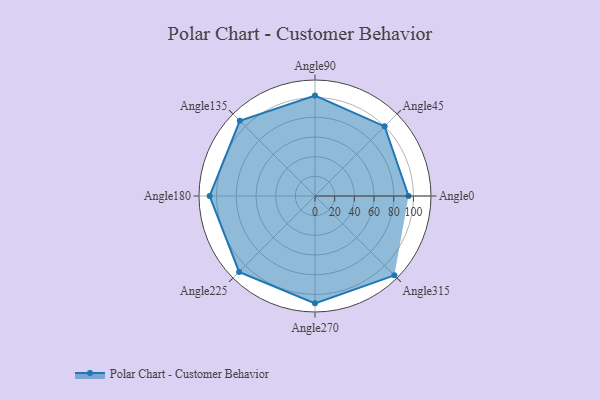
{"axis": {"x": "Angle", "y": "Radius"}, "legend": [""], "data": [{"x": "Angle0", "y": 95.0, "type": ""}, {"x": "Angle45", "y": 100.0, "type": ""}, {"x": "Angle90", "y": 102.0, "type": ""}, {"x": "Angle135", "y": 108.0, "type": ""}, {"x": "Angle180", "y": 107.0, "type": ""}, {"x": "Angle225", "y": 109.0, "type": ""}, {"x": "Angle270", "y": 109.0, "type": ""}, {"x": "Angle315", "y": 114.0, "type": ""}]}